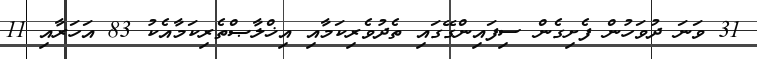
31 ވަނަ ދުވަހުން ފެށިގެން ސިފައިންގޭގައި ތެދުވެރިކަމާއި އިޚްލާޞްތެރިކަމާއެކު 83 އަހަރާއި 11